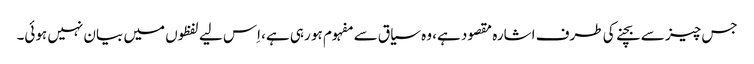
جس چیز سے بچنے کی طرف اشارہ مقصود ہے، وہ سیاق سے مفہوم ہو رہی ہے، اِس لیے لفظوں میں بیان نہیں ہوئی۔